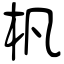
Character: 杋